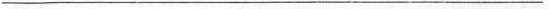
___